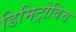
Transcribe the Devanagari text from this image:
डिमिट्रोविच